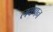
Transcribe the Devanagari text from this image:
लवणन